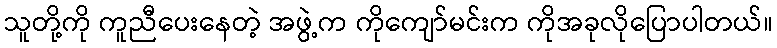
သူတို့ကို ကူညီပေးနေတဲ့ အဖွဲ့က ကိုကျော်မင်းက ကိုအခုလိုပြောပါတယ်။